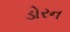
ડોરન